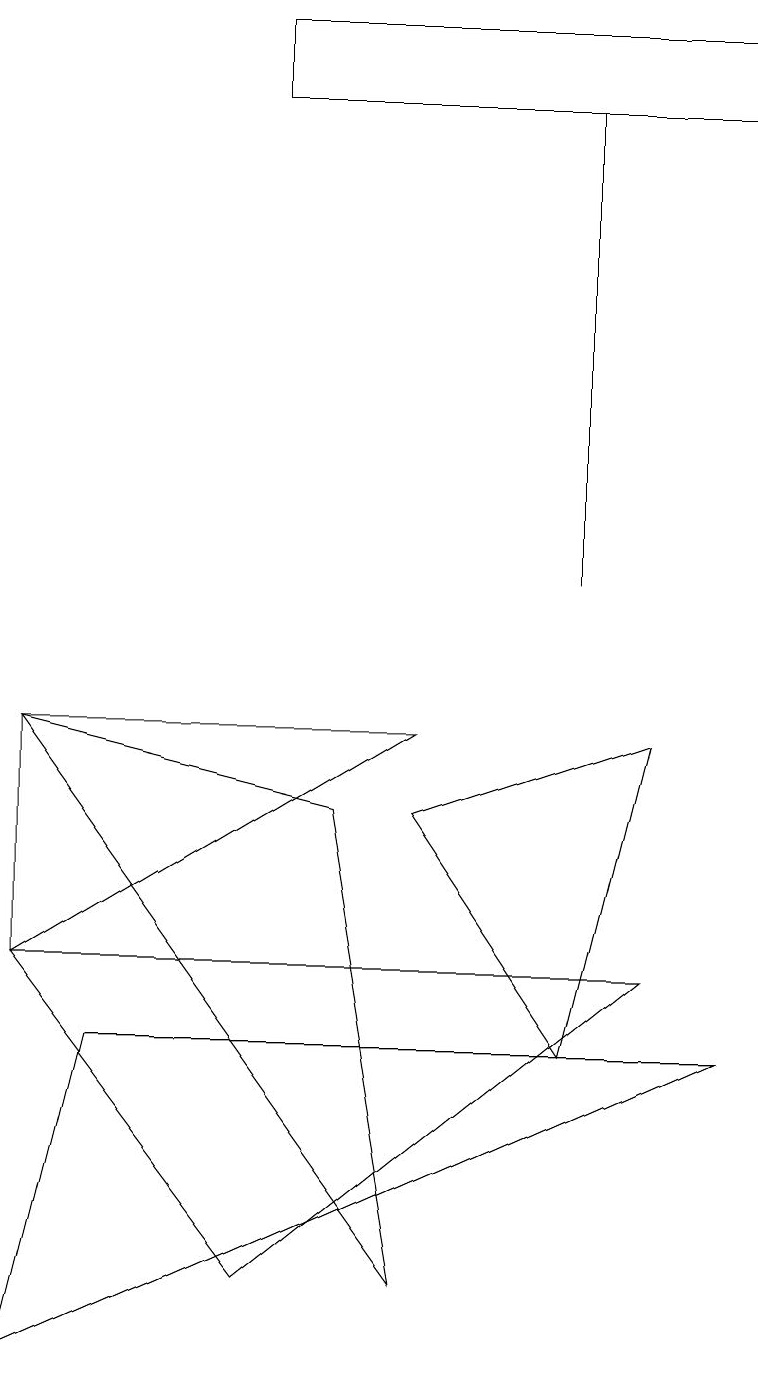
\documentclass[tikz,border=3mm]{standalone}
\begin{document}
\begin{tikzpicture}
\draw (0,9) -- (5,2) -- (4,8) -- cycle;
\draw (9,17) rectangle (3,18);
\draw (7,11) rectangle (7,17);
\draw (0,6) -- (8,6) -- (3,2) -- cycle;
\draw (0,9) -- (0,6) -- (5,9) -- cycle;
\draw (1,5) -- (9,5) -- (0,1) -- cycle;
\draw (5,8) -- (8,9) -- (7,5) -- cycle;
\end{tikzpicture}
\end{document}